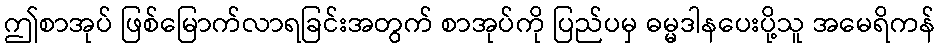
ဤစာအုပ် ဖြစ်မြောက်လာရခြင်းအတွက် စာအုပ်ကို ပြည်ပမှ ဓမ္မဒါနပေးပို့သူ အမေရိကန်